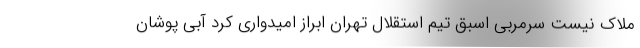
ملاک نیست سرمربی اسبق تیم استقلال تهران ابراز امیدواری کرد آبی پوشان